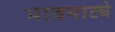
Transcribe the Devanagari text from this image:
भावनाट्ये